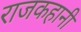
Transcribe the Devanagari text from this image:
राजकहानी